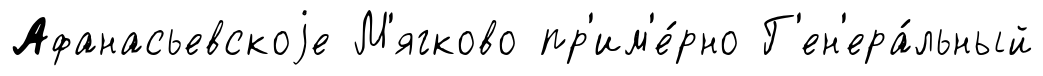
Афанасьевскоjе М'ягково пр'им'е́рно Г'ен'ера́льный